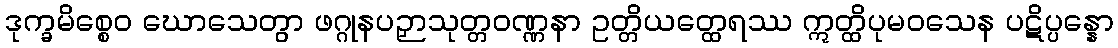
ဒုက္ခမိစ္စေဝ ဃောသေတွာ ဖဂ္ဂုနပဉှာသုတ္တဝဏ္ဏနာ ဥတ္တိယတ္ထေရဿ ဣတ္ထိပုမဝသေန ပဋိပ္ပန္နော